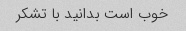
خوب است بدانید با تشکر